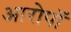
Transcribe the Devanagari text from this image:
आरोपॉ